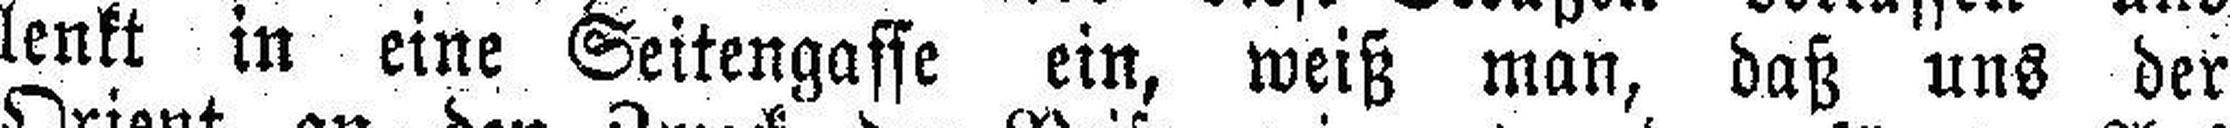
lenkt in eine Seitengasse ein, weiß man, daß uns der